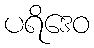
ပရိဒေဝ